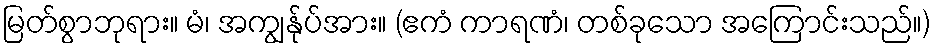
မြတ်စွာဘုရား။ မံ၊ အကျွန်ုပ်အား။ (ဧကံ ကာရဏံ၊ တစ်ခုသော အကြောင်းသည်။)